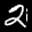
Label: 2